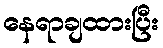
နေရာချထားပြီး